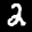
Label: 2